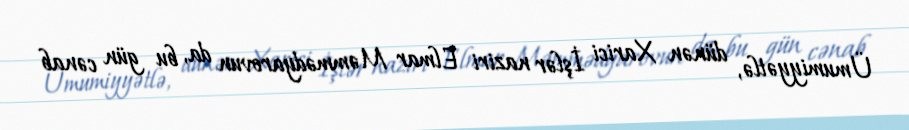
Ümumiyyətlə, dünən Xarici İşlər naziri Elmar Məmmədyarovun da, bu gün cənab